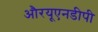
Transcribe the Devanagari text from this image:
औरयूएनडीपी